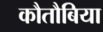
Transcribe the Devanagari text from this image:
कौतौबिया